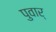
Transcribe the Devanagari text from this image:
पुवार्